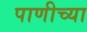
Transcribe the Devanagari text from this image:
पाणीच्या